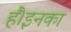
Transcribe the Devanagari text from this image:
हैं।इनका